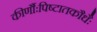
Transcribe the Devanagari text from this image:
कीर्णौःपिष्टातकौधैः